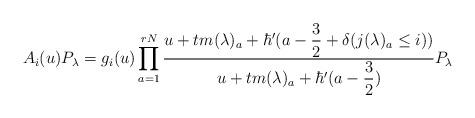
LaTeX: \begin{align*}A_i(u) P_{\lambda} = g_i(u) \displaystyle \prod_{a=1}^{rN} \dfrac{u + t m(\lambda)_a + \hbar'(a - \dfrac{3}{2} + \delta(j(\lambda)_a \leq i))}{u + t m(\lambda)_a+ \hbar'(a - \dfrac{3}{2})} P_{\lambda} \end{align*}